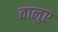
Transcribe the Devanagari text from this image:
वालुए